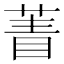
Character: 𦴀